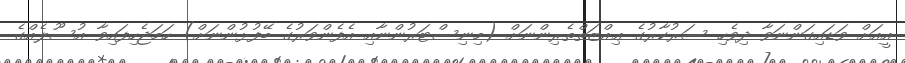
އީއަށް ވަޑައިގަންނަވާ ދިވެހި ސަރުކާރުގެ ޢިއްޒަތްތެރިންނަށް (މިނިސްޓަރުންނާއި އެފެންވަރުގެ ބޭފުޅުންނަށް) ހަމަޖެހިފައިވާ އުސޫލެއްގެ